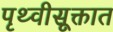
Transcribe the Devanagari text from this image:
पृथ्वीसूक्तात